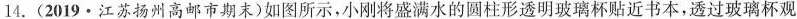
14. (2019·江苏扬州高邮市期末)如图所示，小刚将盛满水的圆柱形透明玻璃杯贴近书本，透过玻璃杯观